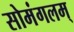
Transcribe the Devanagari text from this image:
सोमंगलम्